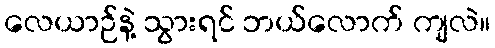
လေယာဉ်နဲ့ သွားရင် ဘယ်လောက် ကျလဲ။